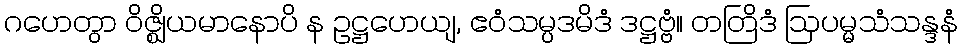
ဂဟေတွာ ဝိဇ္ဈိယမာနောပိ န ဥဋ္ဌဟေယျ, ဧဝံသမ္ပဒမိဒံ ဒဋ္ဌဗ္ဗံ။ တတြိဒံ ဩပမ္မသံသန္ဒနံ